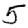
Digit: 5